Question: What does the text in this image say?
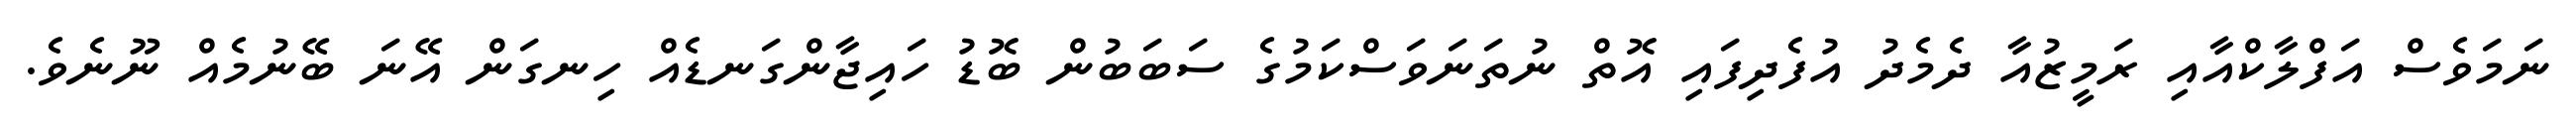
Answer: ނަމަވެސް އަފްލާކްއާއި ރަމީޒުއާ ދެމެދު އުފެދިފައި އޮތް ނުތަނަވަސްކަމުގެ ސަބަބުން ބޮޑު ހައިޖާންގަނޑެއް ހިނގަން އޭނަ ބޭނުމެއް ނޫނެވެ.